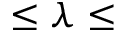
\leq \lambda \leq